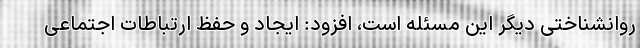
روانشناختی دیگر این مسئله است، افزود: ایجاد و حفظ ارتباطات اجتماعی